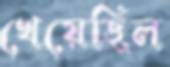
খেয়েছিল